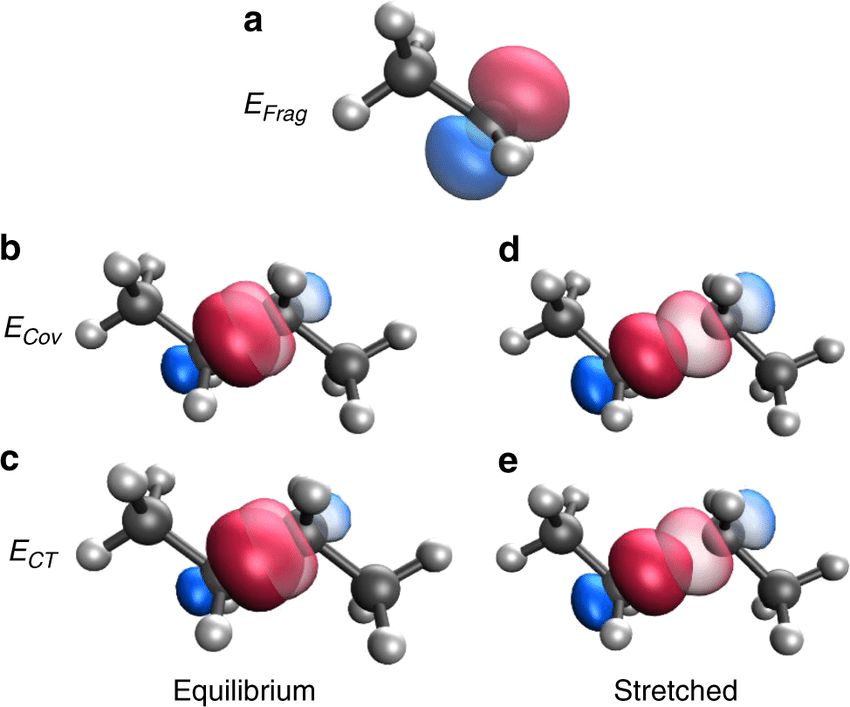
iboview, orbital